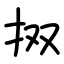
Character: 㧐